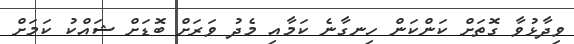
ވިދާޅުވާ ގޮތަށް ކަންކަން ހިނގާނެ ކަމާއި މެދު ވަރަށް ބޮޑަށް ޝައްކު ކަމަށް